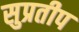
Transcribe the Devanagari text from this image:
सुप्रतीप